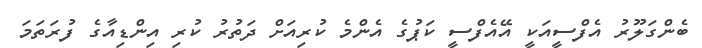
ބެންގަލޫރު އެފްސީއަކީ އޭއެފްސީ ކަޕުގެ އެންމެ ކުރިއަށް ދަތުރު ކުރި އިންޑިއާގެ ފުރަތަމަ